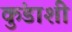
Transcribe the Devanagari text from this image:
कुंडाशी